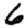
Digit: 6